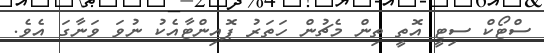
ސްޓޯކް ސިޓީ އޮތީ ތިން މެޗުން ހަތަރު ޕޮއިންޓާއެކު ނުވަ ވަނާގަ އެވެ.